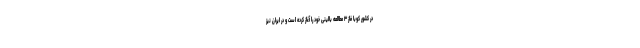
در کشور کوبا فاز ۳ مطالعه بالینی خود را آغاز کرده است و در ایران نیز